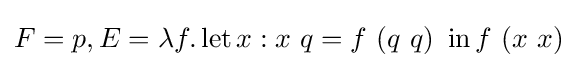
F=p,E=\lambda f.\operatorname {let} x:x\ q=f\ (q\ q)\ \operatorname {in} f\ (x\ x)